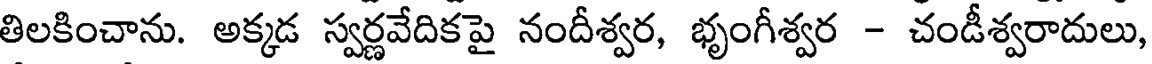
తిలకించాను. అక్కడ స్వర్ణవేదికపై నందీశ్వర, భృంగీశ్వర - చండీశ్వరాదులు,